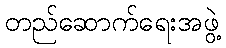
တည်ဆောက်ရေးအဖွဲ့